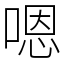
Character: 嗯